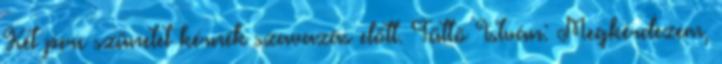
Két perc szünetet kérnék szavazás előtt. Tüttő István: Megkérdezem,